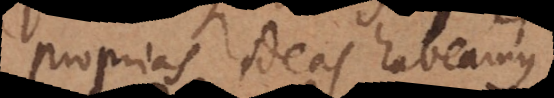
proprias ideas habeamus;